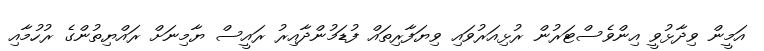
އަމީން ވިދާޅުވީ އިންވެސްޓަރުން ރުޅިއަރުވައި ވިޔަފާރިތައް ފުޑަމުންދާއިރު ރައީސް ޔާމިނަށް ރައްޔިތުންގެ ރުހުމާއި